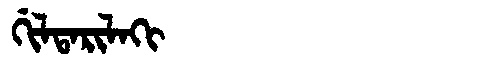
Manchu: ᡤᡳᠯᡨᠠᡵᡳᠯᠠᡴᡳ
Romanization: GILTARILAKI